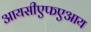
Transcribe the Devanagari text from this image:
आयसीएफएआय